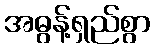
အဓွန့်ရှည်စွာ